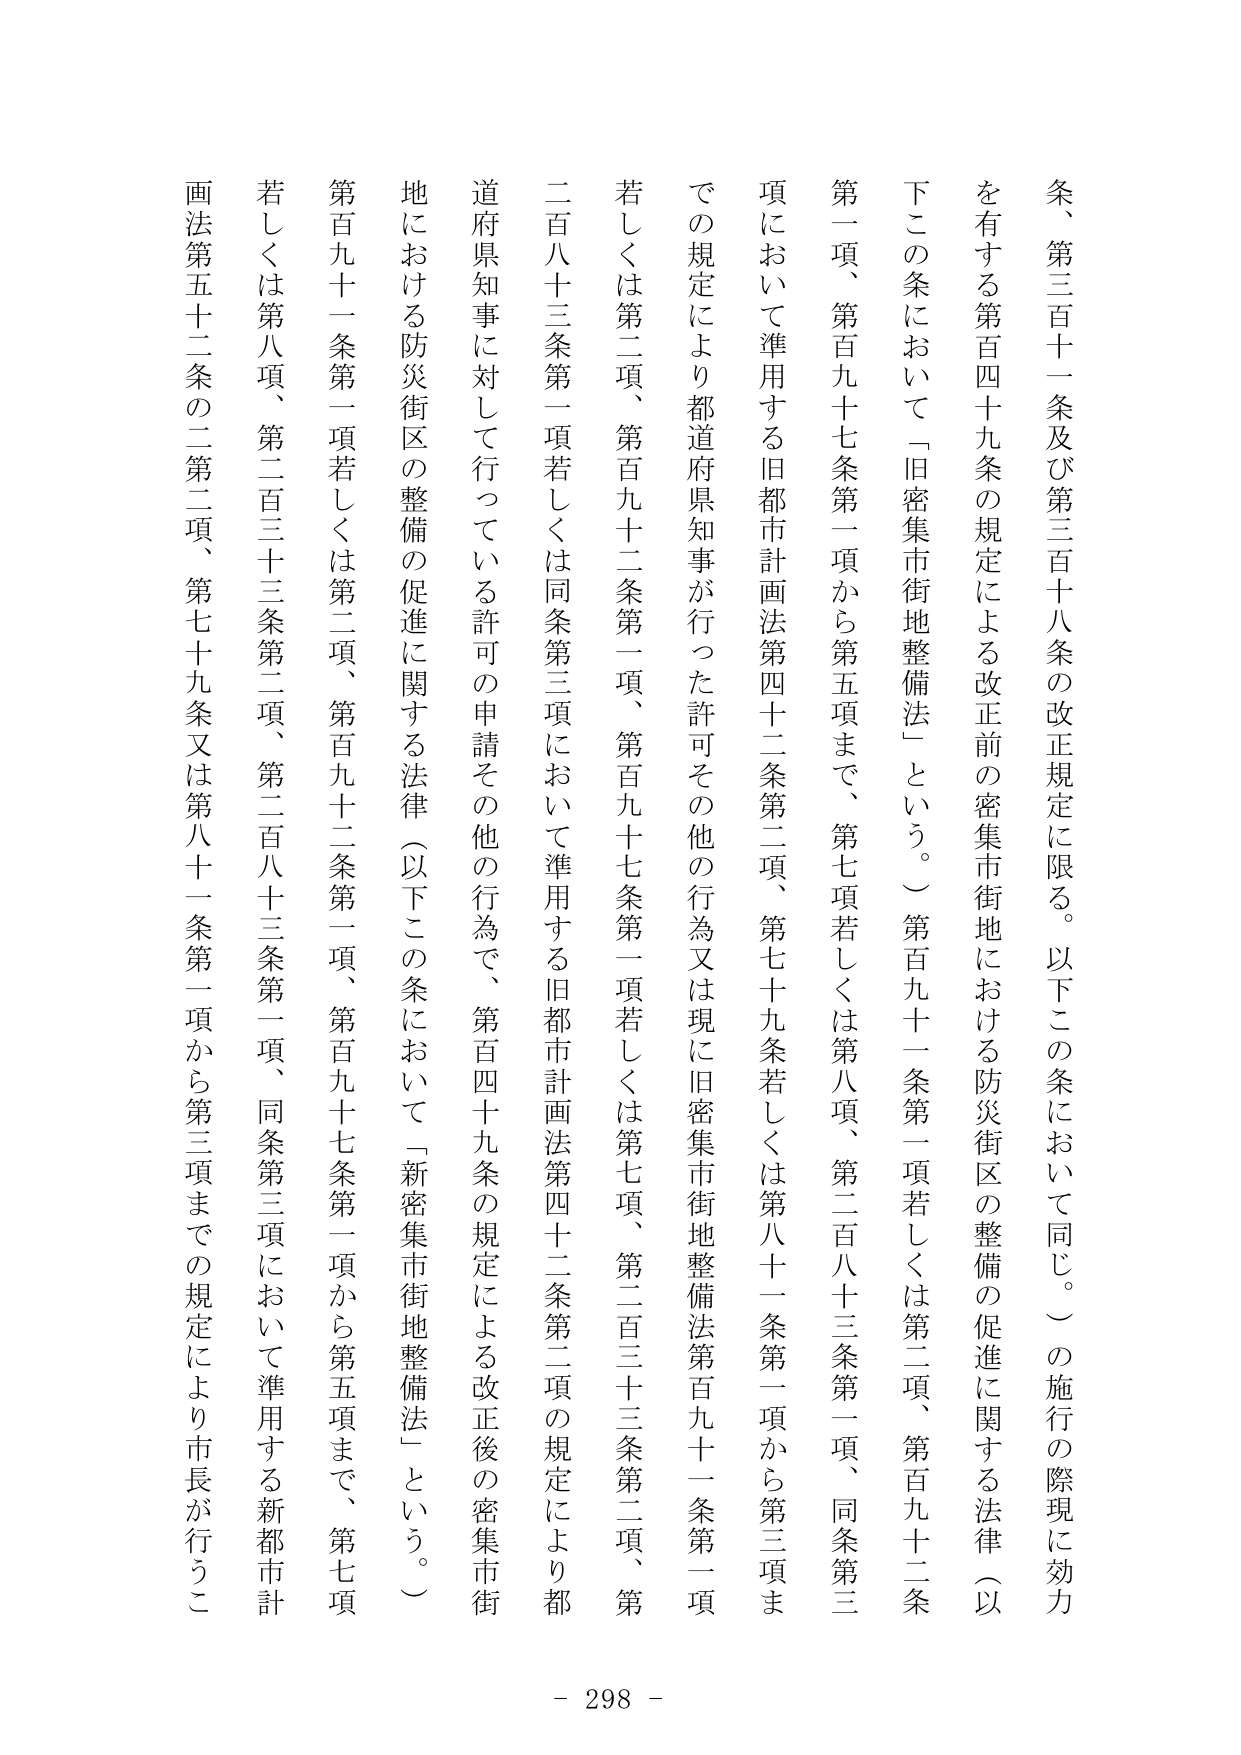
条、第三百十一条及び第三百十八条の改正規定に限る。以下この条において同じ。）の施行の際現に効力を有する第百四十九条の規定による改正前の密集市街地における防災街区の整備の促進に関する法律（以下この条において「旧密集市街地整備法」という。）第百九十一条第一項若しくは第二項、第百九十二条第一項、第百九十七条第一項から第五項まで、第七項若しくは第八項、第二百八十三条第一項、同条第三項において準用する旧都市計画法第四十二条第二項、第七十九条若しくは第八十一条第一項から第三項までの規定により都道府県知事が行った許可その他の行為又は現に旧密集市街地整備法第百九十一条第一項若しくは第二項、第百九十二条第一項、第百九十七条第一項若しくは第七項、第二百三十三条第二項、第二百八十三条第一項若しくは同条第三項において準用する旧都市計画法第四十二条第二項の規定により都道府県知事に対して行っている許可の申請その他の行為で、第百四十九条の規定による改正後の密集市街地における防災街区の整備の促進に関する法律（以下この条において「新密集市街地整備法」という。）第百九十一条第一項若しくは第二項、第百九十二条第一項、第百九十七条第一項から第五項まで、第七項若しくは第八項、第二百三十三条第二項、第二百八十三条第一項、同条第三項において準用する新都市計画法第五十二条の二第二項、第七十九条又は第八十一条第一項から第三項までの規定により市長が行うこ

- 298 -